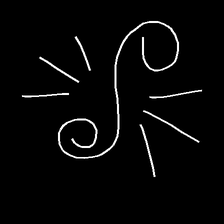
Glyph: wind-directs-air